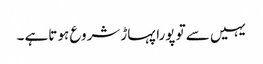
یہیں سے تو پورا پہاڑ شروع ہو تاہے ۔